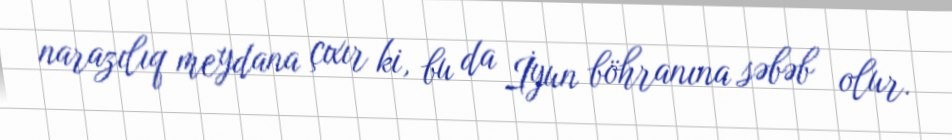
narazılıq meydana çıxır ki, bu da İyun böhranına səbəb olur.